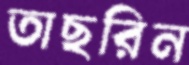
তাছরিন